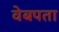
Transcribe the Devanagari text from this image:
वेबपता